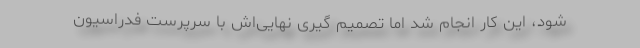
شود، این کار انجام شد اما تصمیم گیری‌ نهایی‌اش با سرپرست فدراسیون